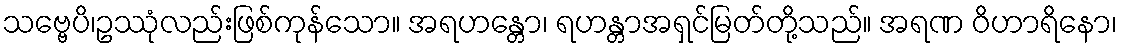
သဗ္ဗေပိ၊ဥဿုံလည်းဖြစ်ကုန်သော။ အရဟန္တော၊ ရဟန္တာအရှင်မြတ်တို့သည်။ အရဏ ဝိဟာရိနော၊